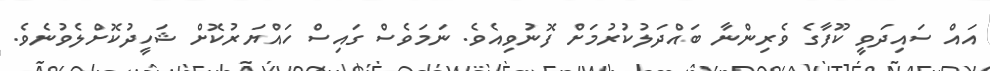
އައް ސައިދަވީ ކޫފާގެ ވެރިންނާ ބައްދަލުކުރުމަށް ފޮނުވިއެވެ. ނަމަވެސް ގައިސް ހައްޔަރުކޮށް ޝަހީދުކޮށްލެވުނެވެ.